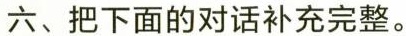
六、把下面的对话补充完整。